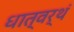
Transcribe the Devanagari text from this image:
धात्वर्थं